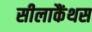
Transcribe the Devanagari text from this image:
सीलाकैंथस